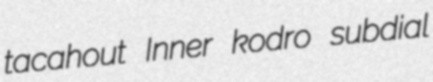
tacahout Inner kodro subdial